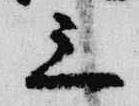
三